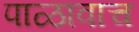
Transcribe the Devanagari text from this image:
पाळावाच